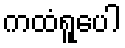
ကထံရူပေါ